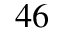
^ { 4 6 }